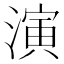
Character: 演